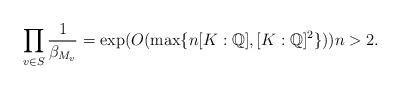
LaTeX: \begin{align*} \prod_{v \in S} \frac{1}{\beta_{M_v}} = \exp(O(\max \{ n[K:\mathbb{Q}], [K:\mathbb{Q}]^2 \})) n > 2.\end{align*}